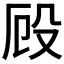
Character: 𭮨